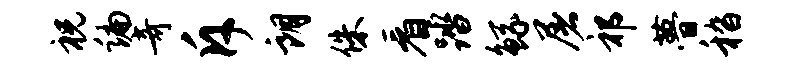
祝编奇斥朗侏看踏鲧屠祁瞢嵇